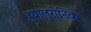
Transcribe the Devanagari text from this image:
हयालुरोनिक